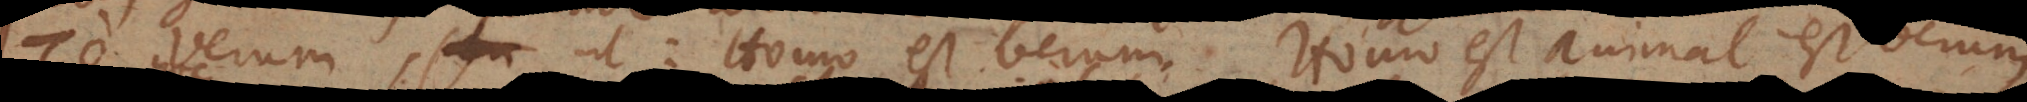
το verum, ut: Homo est verum, Homo est animal est verum